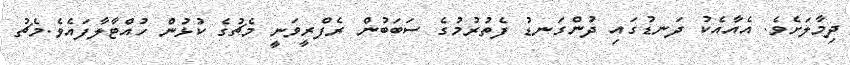
ދިމާލަށެވެ. އެއާއެކު ދަނޑުގައި ދުންގަނޑު ފެތުރުމުގެ ސަބަބުން ރެފްރީވަނީ މެޗުގެ ކުޅުން ހުއްޓާލާފައެވެ.މެޗު